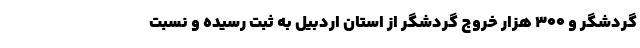
گردشگر و ۳۰۰ هزار خروج گردشگر از استان اردبیل به ثبت رسیده و نسبت